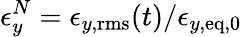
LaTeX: \epsilon_{y}^{N}=\epsilon_{y,\mathrm{rms}}(t)/\epsilon_{y,\mathrm{eq},0}